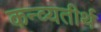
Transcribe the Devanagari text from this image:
कन्व्यतीर्थ